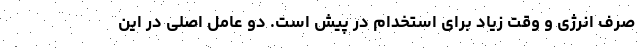
صرف انرژی و وقت زیاد برای استخدام در پیش است. دو عامل اصلی در این